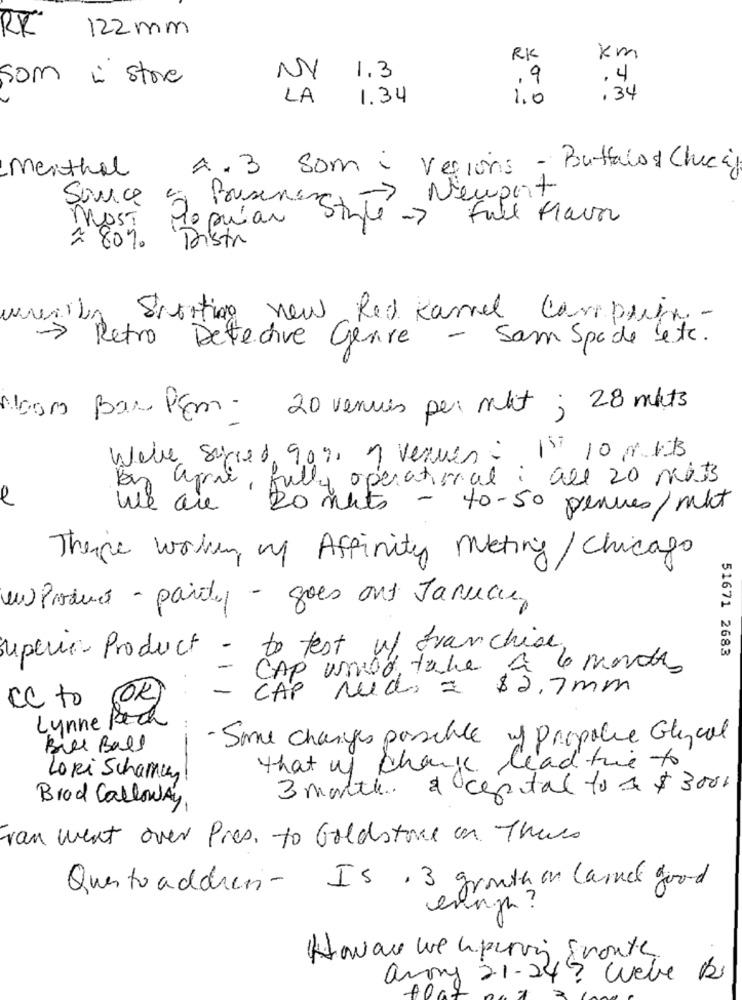
122 mm
RX
RK
Km
som
· store
NY
1.3
,9
.4
LA
1.34
1.0
.34
menthal
4.3
som :
Versions - Butfais & Chicaj
Newport
Survice
Busene
MOST
Popular Stuté .
Full Flavor
= 80%
Distr
Sporting new Red Kamel Compris -
-> Retro Detective Genre - Sam Spade etc.
Noom Bar Pm-
20 venues per mut ; 28 mits
Wall Stret, 90%, 1 venues: 1st 10 met
Bas apri, fully operational : all 20 mit
e
We are 20 ments
- 40-50 pennes/mkt
There worken my Affinity Meting/Chicago
en Produce - party - goes out Janice
superior Product - to test ul franchise.
51671 2683
-
CAP would take a 6 months
- CAP ruedo = $2,7 mm
cc to
(OK)
Lynne Rech
- Some changes posible of propolie Glycol
Bill Ball
that of change lead fre to
LoRi Schamen!
3 month. a capital to a $ 3001
Brod Calloway,
van went over Pres. to Goldstore on There
Questo address- Is , 3 growth on Carnet good
ening ?
Havace we upering growth.
anony 21-24? Webe Rs